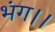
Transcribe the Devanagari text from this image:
भंग।।